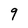
Character: 9